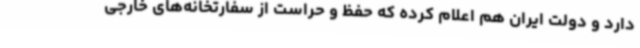
دارد و دولت ایران هم اعلام کرده که حفظ و حراست از سفارتخانه‌های خارجی